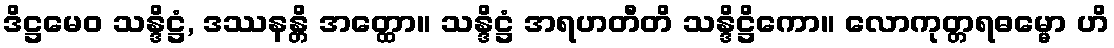
ဒိဋ္ဌမေဝ သန္ဒိဋ္ဌံ, ဒဿနန္တိ အတ္ထော။ သန္ဒိဋ္ဌံ အရဟတီတိ သန္ဒိဋ္ဌိကော။ လောကုတ္တရဓမ္မော ဟိ